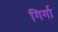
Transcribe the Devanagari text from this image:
गिर्गा